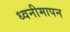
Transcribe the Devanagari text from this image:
ध्वनीमापन